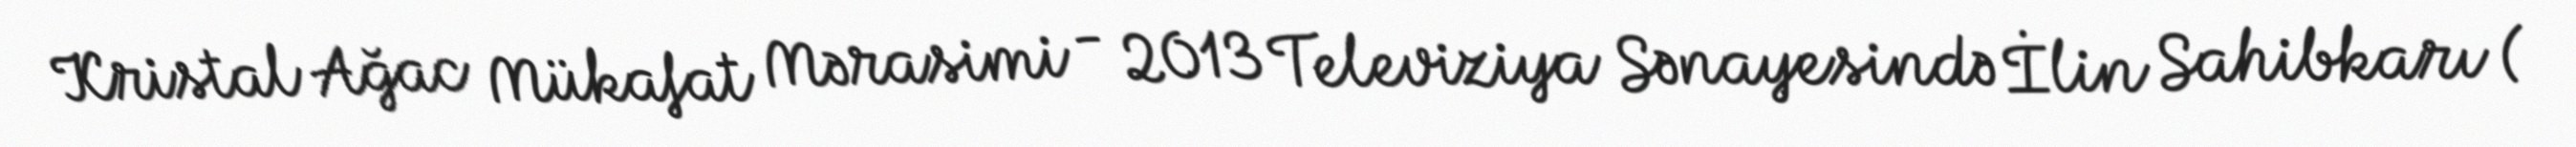
Kristal Ağac Mükafat Mərasimi - 2013 Televiziya Sənayesində İlin Sahibkarı (